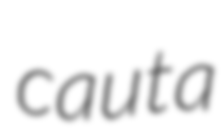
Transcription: cauta